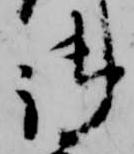
御